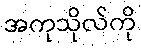
အကုသိုလ်ကို